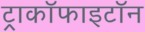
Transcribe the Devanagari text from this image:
ट्राकॉफाइटॉन